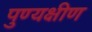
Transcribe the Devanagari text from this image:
पुण्यक्षीण